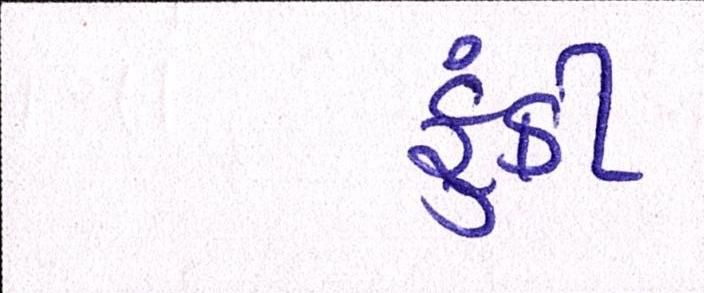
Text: ફૂંકી